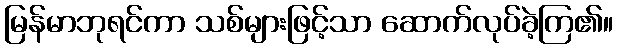
မြန်မာဘုရင်ကာ သစ်များဖြင့်သာ ဆောက်လုပ်ခဲ့ကြ၏။